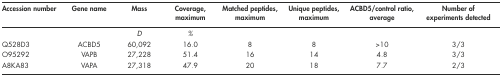
<table><thead><tr><td><b>Accession number</b></td><td><b>Gene name</b></td><td><b>Mass</b></td><td><b>Coverage, maximum</b></td><td><b>Matched peptides, maximum</b></td><td><b>Unique peptides, maximum</b></td><td><b>ACBD5/control ratio, average</b></td><td><b>Number of experiments detected</b></td></tr></thead><tbody><tr><td></td><td></td><td><i>D</i></td><td><i>%</i></td><td></td><td></td><td></td><td></td></tr><tr><td>Q528D3</td><td>ACBD5</td><td>60,092</td><td>16.0</td><td>8</td><td>8</td><td>&gt;10</td><td>3/3</td></tr><tr><td>O95292</td><td>VAPB</td><td>27,228</td><td>51.4</td><td>16</td><td>14</td><td>4.8</td><td>3/3</td></tr><tr><td>A8KA83</td><td>VAPA</td><td>27,318</td><td>47.9</td><td>20</td><td>18</td><td>7.7</td><td>2/3</td></tr></tbody></table>